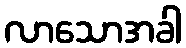
လာသောအခါ